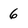
Character: 6